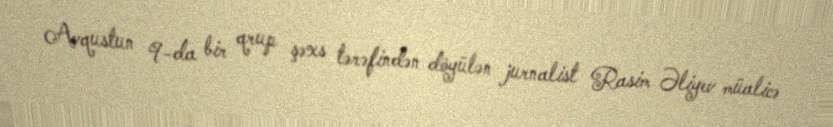
Avqustun 9-da bir qrup şəxs tərəfindən döyülən jurnalist Rasim Əliyev müalicə